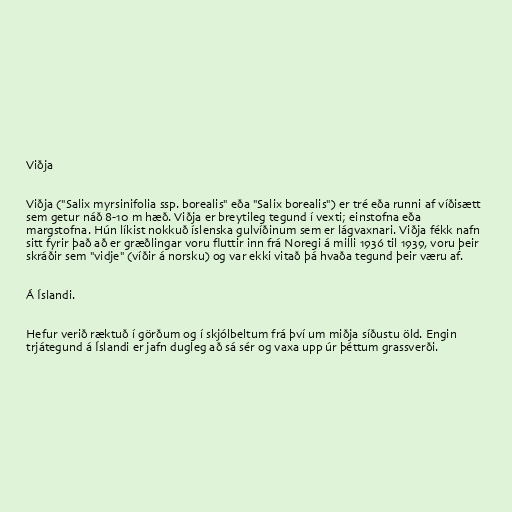
Viðja

Viðja ("Salix myrsinifolia ssp. borealis" eða "Salix borealis") er tré eða runni af víðisætt
sem getur náð 8-10 m hæð. Viðja er breytileg tegund í vexti; einstofna eða
margstofna. Hún líkist nokkuð íslenska gulvíðinum sem er lágvaxnari. Viðja fékk nafn
sitt fyrir það að er græðlingar voru fluttir inn frá Noregi á milli 1936 til 1939, voru þeir
skráðir sem "vidje" (víðir á norsku) og var ekki vitað þá hvaða tegund þeir væru af.

Á Íslandi.

Hefur verið ræktuð í görðum og í skjólbeltum frá því um miðja síðustu öld. Engin
trjátegund á Íslandi er jafn dugleg að sá sér og vaxa upp úr þéttum grassverði.